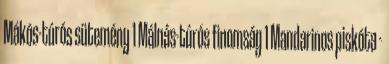
Mákós-túrós sütemény 1 Málnás-túrós finomság 1 Mandarinos piskóta -